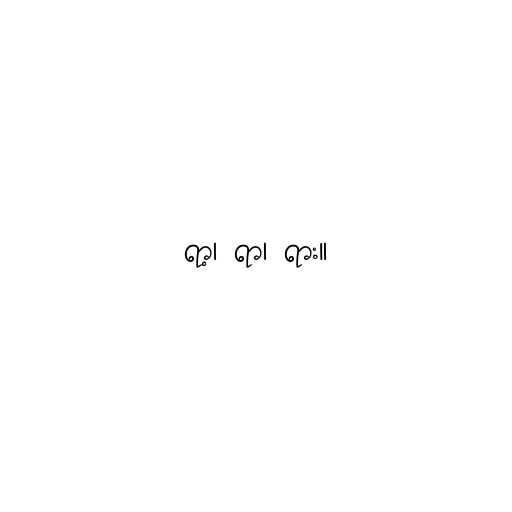
ရာ့၊ ရာ၊ ရား။